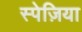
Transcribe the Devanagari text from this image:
स्पेज़िया